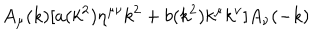
LaTeX: A _ { \mu } ( k ) [ a ( k ^ { 2 } ) \eta ^ { \mu \nu } k ^ { 2 } + b ( k ^ { 2 } ) k ^ { \mu } k ^ { \nu } ] A _ { \nu } ( - k )